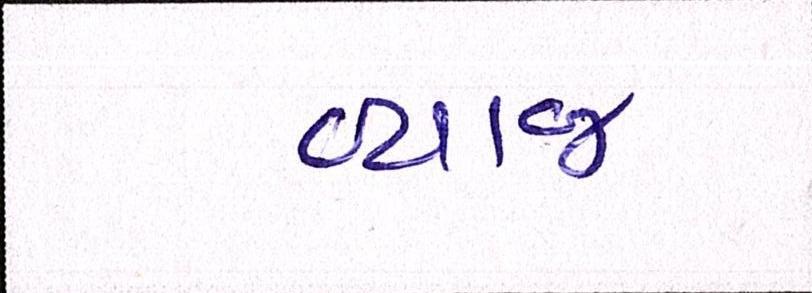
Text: વ્યાજ